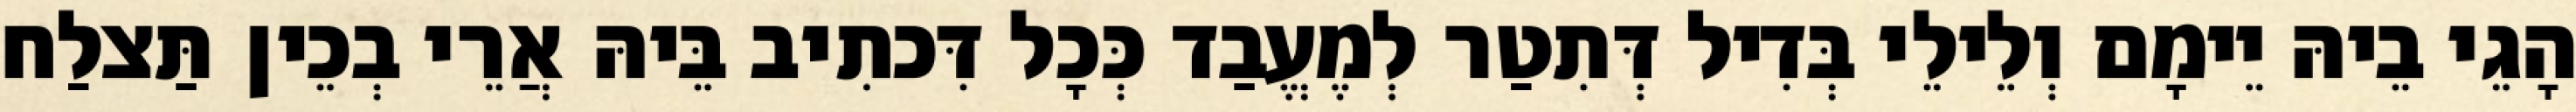
הָגֵי בֵיהּ יֵימָם וְלֵילֵי בְּדִיל דְּתִטַר לְמֶעֱבַד כְּכָל דִּכתִיב בֵּיהּ אֲרֵי בְכֵין תַּצלַח